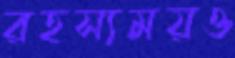
রহস্যময়ও